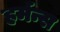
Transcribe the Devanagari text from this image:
हर्मन्स